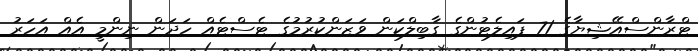
ޓްރާންސްއޭޝިޔާގެ 71 ޕައިލެޓުންގެ ގާބިލްކަން ވަޒަންކުރުމުގެ ޓެސްޓެއް ހަދަން ނިންމީ އެއް އަހަރު